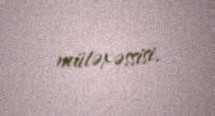
mütəxəssisi.